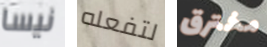
نيسا لتفعله مخترق